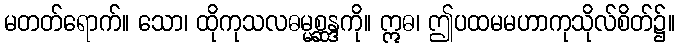
မတတ်ရောက်။ သော၊ ထိုကုသလဓမ္မစ္ဆန္ဒကို။ ဣဓ၊ ဤပထမမဟာကုသိုလ်စိတ်၌။